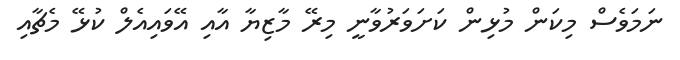
ނަމަވެސް މިކަން މުޅިން ކަށަވަރުވާނީ މިރޭ މާޒިޔާ އާއި އޭވައިއެލް ކުޅޭ މެޗާއި